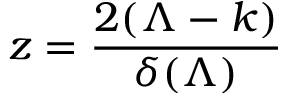
z = \frac { 2 ( \Lambda - k ) } { \delta ( \Lambda ) }